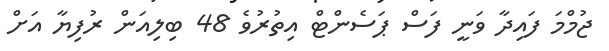
ޖުމްމަ ފައިދާ ވަނީ ފަސް ޕަސެންޓް އިތުރުވެ 48 ބިލިއަން ރުފިޔާ އަށް